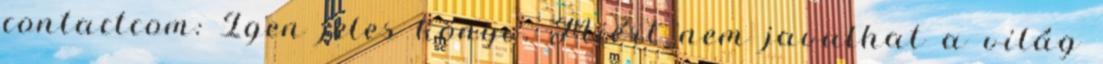
contactcom: Igen jeles könyv. Miért nem javulhat a világ